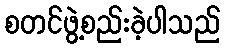
စတင်ဖွဲ့စည်းခဲ့ပါသည်